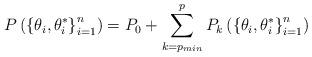
LaTeX: \begin{align*}P\left( \left\{ \theta_{i},\theta_{i}^{\ast}\right\} _{i=1}^{n}\right)=P_{0}+\sum_{k=p_{min}}^{p}P_{k}\left( \left\{ \theta_{i},\theta_{i}^{\ast}\right\} _{i=1}^{n}\right) \end{align*}